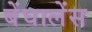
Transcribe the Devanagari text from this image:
बेंघालेंस